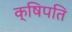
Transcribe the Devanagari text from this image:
क्षिपति